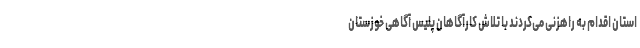
استان اقدام به راهزنی می‌کردند با تلاش کارآگاهان پلیس آگاهی خوزستان